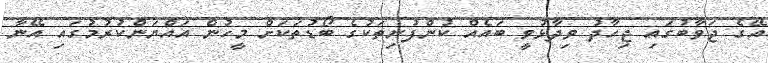
އޭގެ ޖަވާބުގައި ޖިހާދު ވިދާޅުވީ ބައެއް ކުންފުނިތަކުގެ ބޯޑުތަކަށް މީހުން އައްޔަންކުރުމުގައި އޭނާ